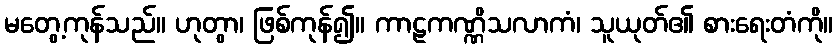
မတွေ့ကုန်သည်။ ဟုတွာ၊ ဖြစ်ကုန်၍။ ကာဠကဏ္ဏိသလာကံ၊ သူယုတ်၏ စားရေးတံကို။